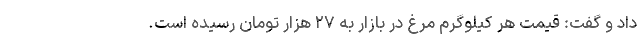
داد و گفت: قیمت هر کیلوگرم مرغ در بازار به ٢٧ هزار تومان رسیده است.